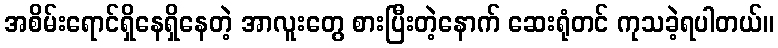
အစိမ်းရောင်ရှိနေရှိနေတဲ့ အာလူးတွေ စားပြီးတဲ့နောက် ဆေးရုံတင် ကုသခဲ့ရပါတယ်။